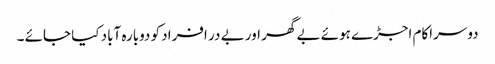
دوسراکام اجڑے ہوئے بے گھر اور بے در افراد کو دوبارہ آباد کیا جائے ۔